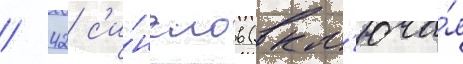
/ 42 с'и́нглов (вкл'юча́я